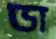
ডা